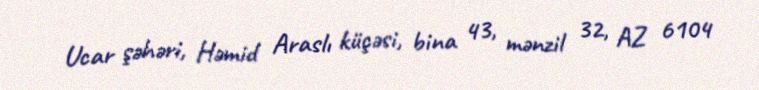
Ucar şəhəri, Həmid Araslı küçəsi, bina 43, mənzil 32, AZ 6104